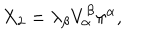
LaTeX: X _ { 2 } = \lambda _ { \beta } V _ { \alpha } ^ { \beta } \pi ^ { \alpha } ,